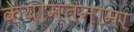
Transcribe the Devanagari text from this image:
केयामतनामा